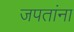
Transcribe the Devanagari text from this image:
जपतांना